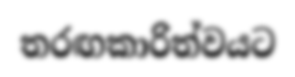
තරඟකාරිත්වයට